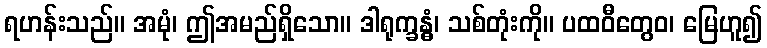
ရဟန်းသည်။ အမုံ၊ ဤအမည်ရှိသော။ ဒါရုက္ခန္ဓံ၊ သစ်တုံးကို။ ပထဝီတွေဝ၊ မြေဟူ၍